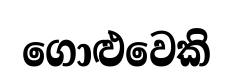
ගොළුවෙකි